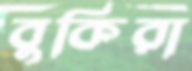
বুকিরা